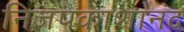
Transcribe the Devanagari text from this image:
निजपकाशानंद